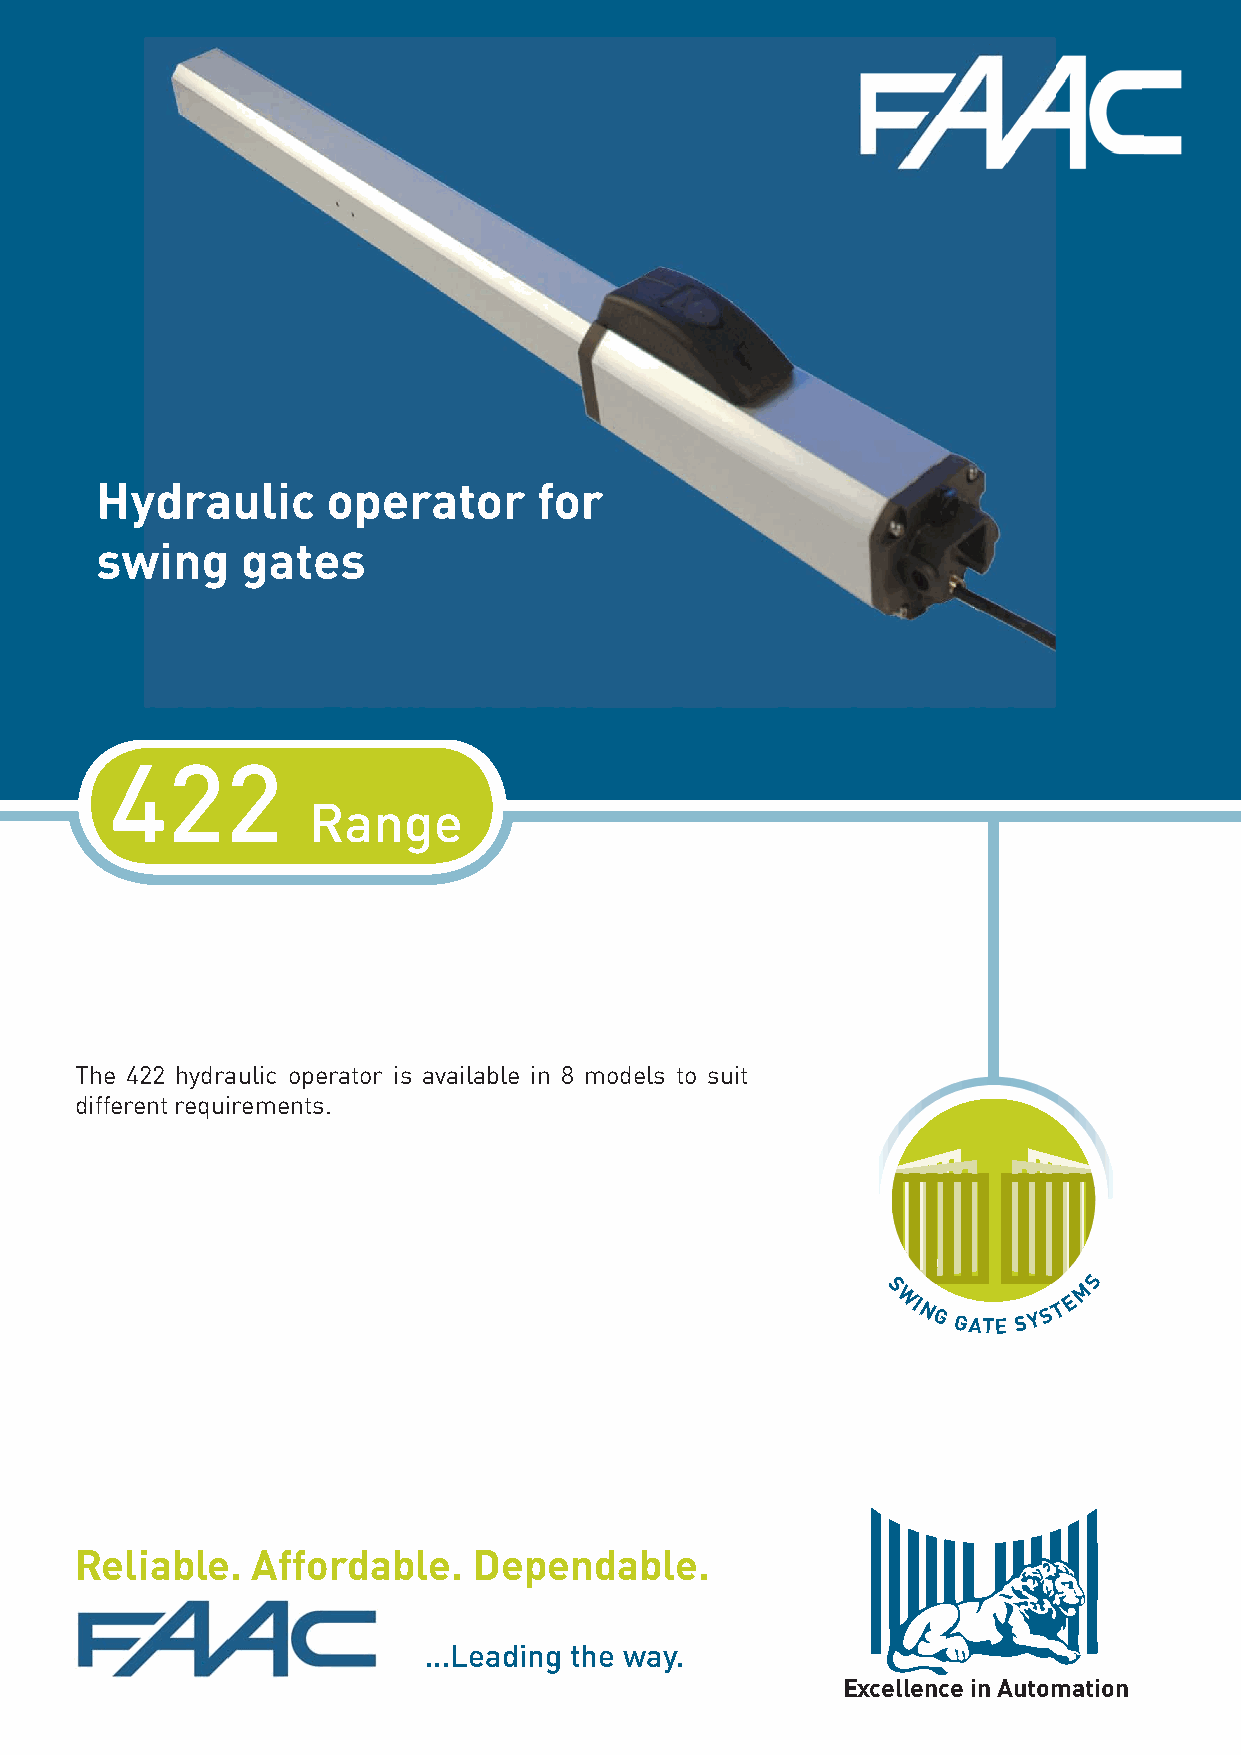
Hydraulic       operator      for
 swing     gates
 422
 Range
 The 422 hydraulic operator is available in 8 models to suit
 different requirements.
 S
 S             M
 WI NG GATE SY S T E
 Reliable.   Affordable.   Dependable.
 ...Leading the way.
 Excellence in Automation